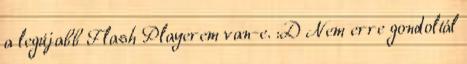
a legújabb Flash Playerem van-e. :D Nem erre gondoltál